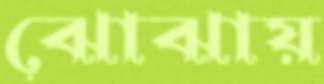
ঝোঝায়